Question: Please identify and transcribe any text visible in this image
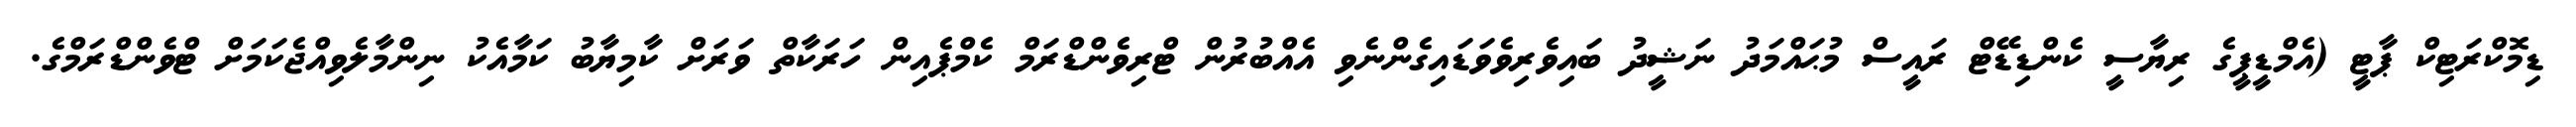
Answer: ޑިމޮކްރަޓިކް ޕާޓީ (އެމްޑީޕީގެ ރިޔާސީ ކެންޑިޑޭޓް ރައީސް މުޙައްމަދު ނަޝީދު ބައިވެރިވެވަޑައިގެންނެވި އެއްބުރުން ޓްރިވެންޑްރަމް ކެމްޕެއިން ހަރަކާތް ވަރަށް ކާމިޔާބު ކަމާއެކު ނިންމާލެވިއްޖެކަމަށް ޓްވެންޑްރަމްގެ.